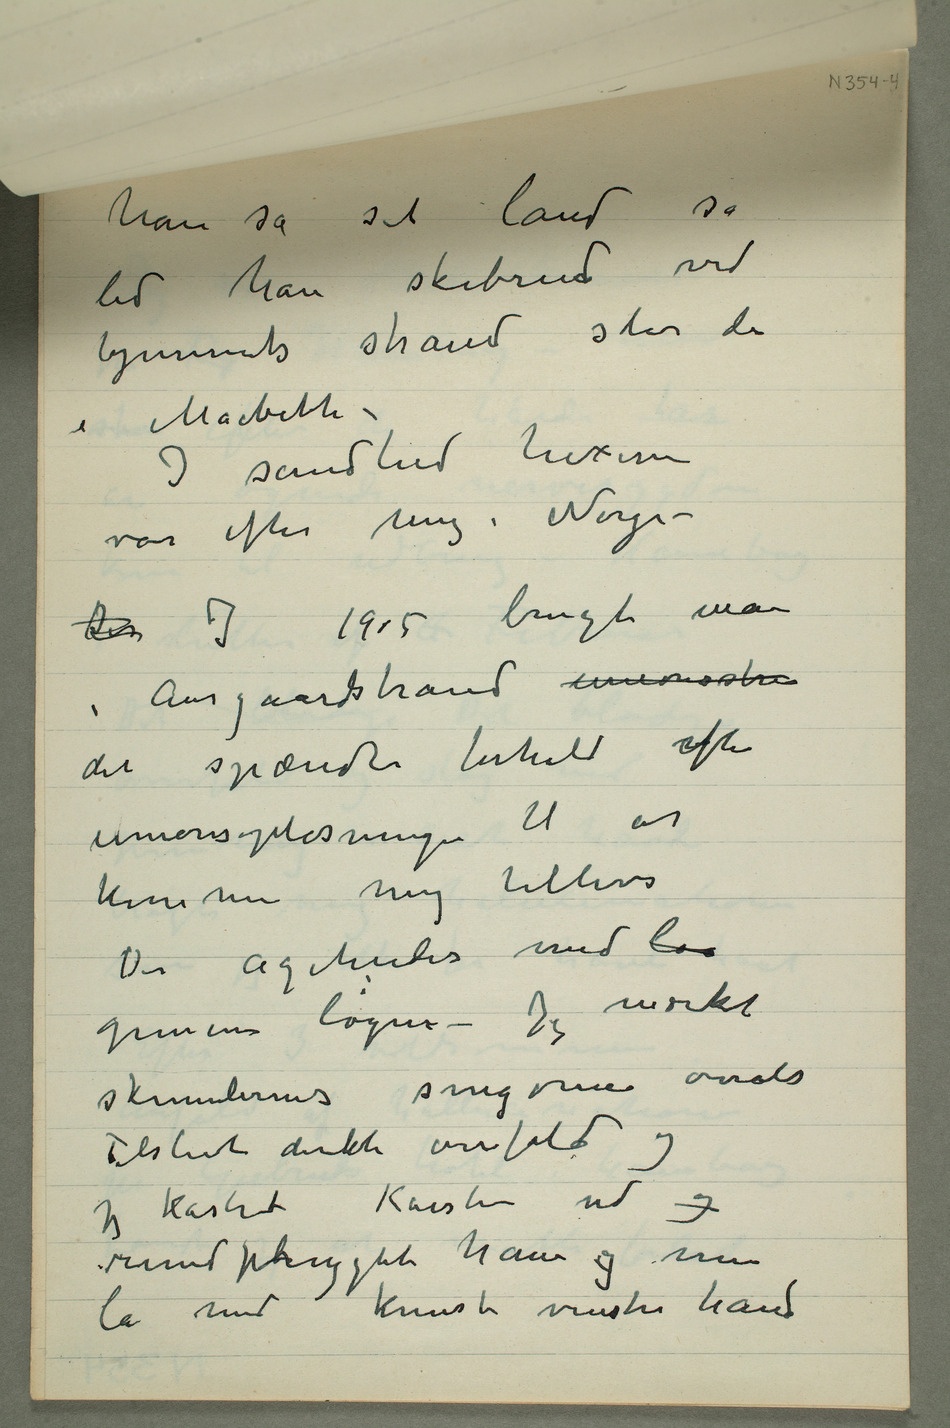
han så sit land så
led han skibrud ved
hjemmets strand står de
i Macbeth –
I sandhed hexerne
var efter mig i Norge –
Den I 1905 brugte man i
Aasgaardstrand unionstri
det spændte forhold efter
unionsopløsningen til at
komme mig tillivs
Der agiteredes med lø
gemene løgne – Jeg mærket
skumlernes snigøine overalt
Tilslut direkte overfald og
jeg kastet Karsten ud og
rundpryglede ham og men
lå med knust venstre hånd